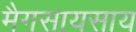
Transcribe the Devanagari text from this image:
मैगसायसाय